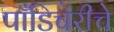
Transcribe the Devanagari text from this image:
पाँडिचेरीचे